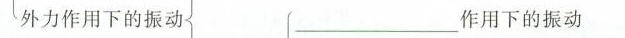
外力作用下的振动___作用下的振动